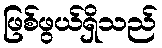
ဖြစ်ဖွယ်ရှိသည်